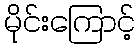
မိုင်းကြောင့်